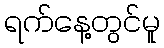
ရက်နေ့တွင်မူ